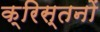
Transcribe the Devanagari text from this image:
क्रिस्तनों